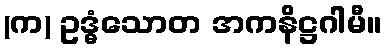
(က) ဥဒ္ဓံသောတ အကနိဋ္ဌဂါမီ။